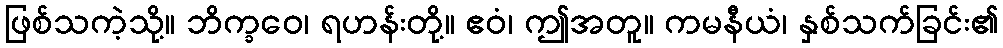
ဖြစ်သကဲ့သို့။ ဘိက္ခဝေ၊ ရဟန်းတို့။ ဧဝံ၊ ဤအတူ။ ကမနီယံ၊ နှစ်သက်ခြင်း၏